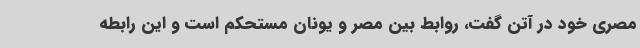
مصری خود در آتن گفت، روابط بین مصر و یونان مستحکم است و این رابطه